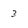
Character: 3